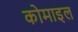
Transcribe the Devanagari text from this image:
कोमाइल